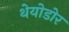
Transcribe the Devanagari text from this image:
थेयोडोर